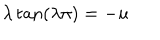
\lambda \tan ( \lambda \pi ) = - u